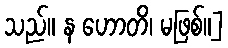
သည်။ န ဟောတိ၊ မဖြစ်။]